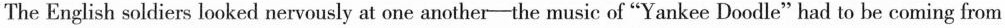
The English soldiers looked nervously at one another——the music of "Yankee Doodle" had to be coming from